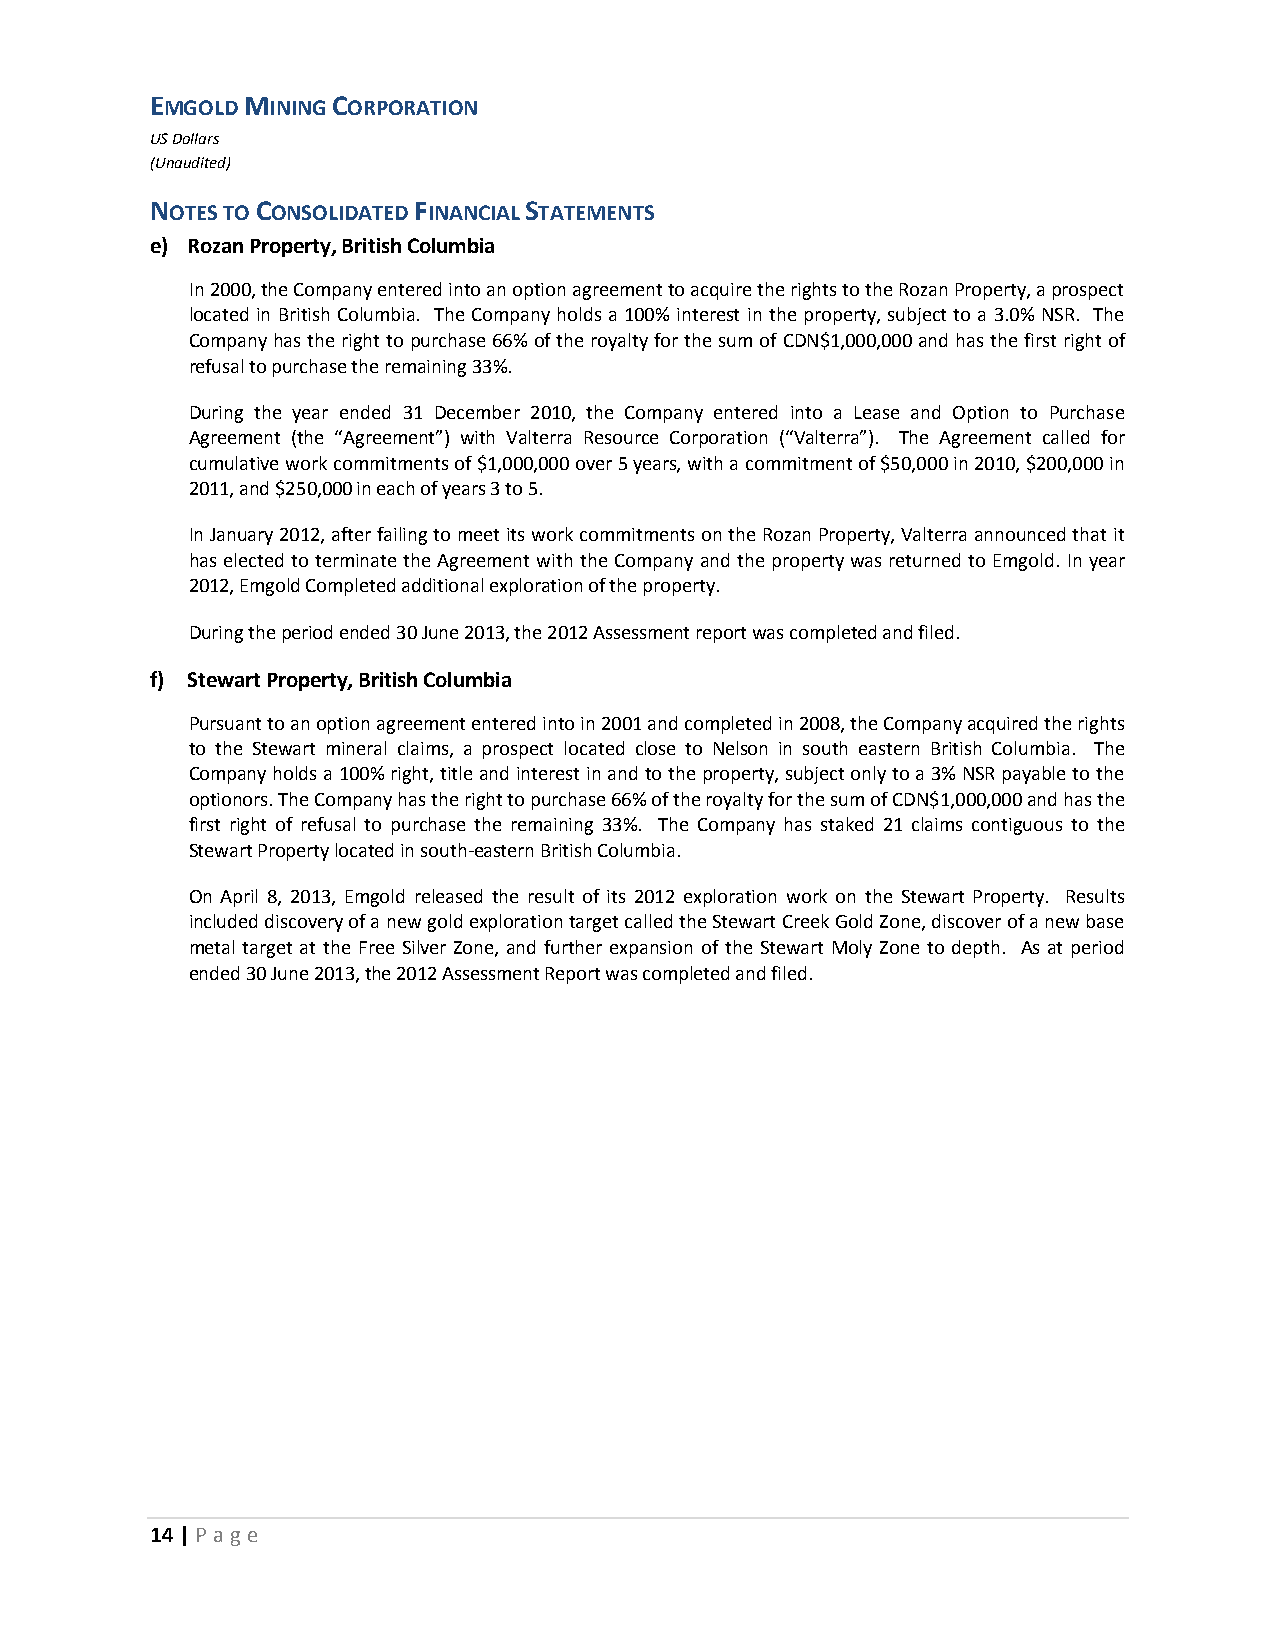
EMGOLD MINING CORPORATION
 US Dollars
 (Unaudited)
 NOTES TO CONSOLIDATED FINANCIAL STATEMENTS
 e) Rozan Property, British Columbia
 In 2000, the Company entered into an option agreement to acquire the rights to the Rozan Property, a prospect
 located in British Columbia. The Company holds a 100% interest in the property, subject to a 3.0% NSR. The
 Company has the right to purchase 66% of the royalty for the sum of CDN$1,000,000 and has the first right of
 refusal to purchase the remaining 33%.
 During the year ended 31 December 2010, the Company entered into a Lease and Option to Purchase
 Agreement (the “Agreement”) with Valterra Resource Corporation (“Valterra”). The Agreement called for
 cumulative work commitments of $1,000,000 over 5 years, with a commitment of $50,000 in 2010, $200,000 in
 2011, and $250,000 in each of years 3 to 5.
 In January 2012, after failing to meet its work commitments on the Rozan Property, Valterra announced that it
 has elected to terminate the Agreement with the Company and the property was returned to Emgold. In year
 2012, Emgold Completed additional exploration of the property.
 During the period ended 30 June 2013, the 2012 Assessment report was completed and filed.
 f) Stewart Property, British Columbia
 Pursuant to an option agreement entered into in 2001 and completed in 2008, the Company acquired the rights
 to the Stewart mineral claims, a prospect located close to Nelson in south eastern British Columbia. The
 Company holds a 100% right, title and interest in and to the property, subject only to a 3% NSR payable to the
 optionors. The Company has the right to purchase 66% of the royalty for the sum of CDN$1,000,000 and has the
 first right of refusal to purchase the remaining 33%. The Company has staked 21 claims contiguous to the
 Stewart Property located in south-eastern British Columbia.
 On April 8, 2013, Emgold released the result of its 2012 exploration work on the Stewart Property. Results
 included discovery of a new gold exploration target called the Stewart Creek Gold Zone, discover of a new base
 metal target at the Free Silver Zone, and further expansion of the Stewart Moly Zone to depth. As at period
 ended 30 June 2013, the 2012 Assessment Report was completed and filed.
 14 | P age